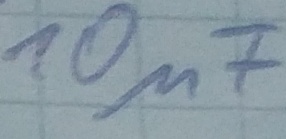
Text: 10µF